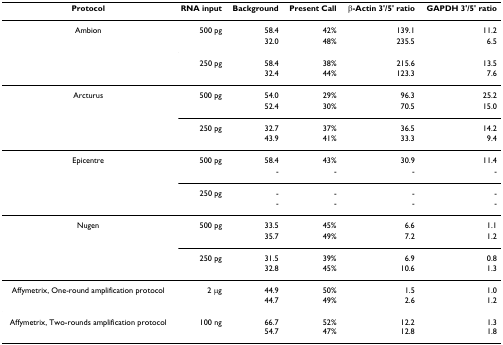
<table><thead><tr><td><b>Protocol</b></td><td><b>RNA input</b></td><td><b>Background</b></td><td><b>Present Call</b></td><td><b>β-Actin 3&#x27;/5&#x27; ratio</b></td><td><b>GAPDH 3&#x27;/5&#x27; ratio</b></td></tr></thead><tbody><tr><td>Ambion</td><td>500 pg</td><td>58.4</td><td>42%</td><td>139.1</td><td>11.2</td></tr><tr><td></td><td></td><td>32.0</td><td>48%</td><td>235.5</td><td>6.5</td></tr><tr><td></td><td>250 pg</td><td>58.4</td><td>38%</td><td>215.6</td><td>13.5</td></tr><tr><td></td><td></td><td>32.4</td><td>44%</td><td>123.3</td><td>7.6</td></tr><tr><td>Arcturus</td><td>500 pg</td><td>54.0</td><td>29%</td><td>96.3</td><td>25.2</td></tr><tr><td></td><td></td><td>52.4</td><td>30%</td><td>70.5</td><td>15.0</td></tr><tr><td></td><td>250 pg</td><td>32.7</td><td>37%</td><td>36.5</td><td>14.2</td></tr><tr><td></td><td></td><td>43.9</td><td>41%</td><td>33.3</td><td>9.4</td></tr><tr><td>Epicentre</td><td>500 pg</td><td>58.4</td><td>43%</td><td>30.9</td><td>11.4</td></tr><tr><td></td><td></td><td>-</td><td>-</td><td>-</td><td>-</td></tr><tr><td></td><td>250 pg</td><td>-</td><td>-</td><td>-</td><td>-</td></tr><tr><td></td><td></td><td>-</td><td>-</td><td>-</td><td>-</td></tr><tr><td>Nugen</td><td>500 pg</td><td>33.5</td><td>45%</td><td>6.6</td><td>1.1</td></tr><tr><td></td><td></td><td>35.7</td><td>49%</td><td>7.2</td><td>1.2</td></tr><tr><td></td><td>250 pg</td><td>31.5</td><td>39%</td><td>6.9</td><td>0.8</td></tr><tr><td></td><td></td><td>32.8</td><td>45%</td><td>10.6</td><td>1.3</td></tr><tr><td>Affymetrix, One-round amplification protocol</td><td>2 μg</td><td>44.944.7</td><td>50%49%</td><td>1.52.6</td><td>1.01.2</td></tr><tr><td>Affymetrix, Two-rounds amplification protocol</td><td>100 ng</td><td>66.754.7</td><td>52%47%</td><td>12.212.8</td><td>1.31.8</td></tr></tbody></table>